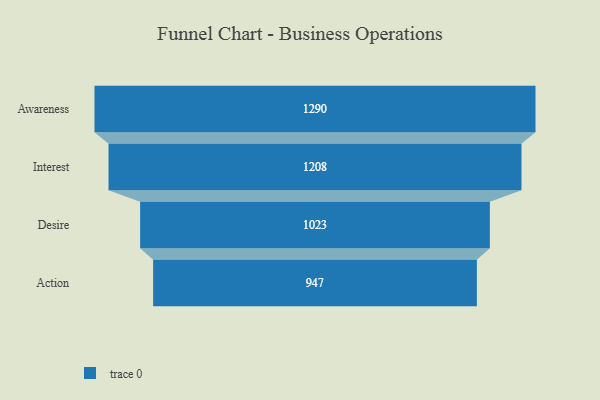
{"axis": {"x": "Stage", "y": "Value"}, "legend": [""], "data": [{"x": "Awareness", "y": 1290.0, "type": ""}, {"x": "Interest", "y": 1208.0, "type": ""}, {"x": "Desire", "y": 1023.0, "type": ""}, {"x": "Action", "y": 947.0, "type": ""}]}